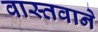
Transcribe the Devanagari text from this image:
वास्तवाने